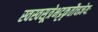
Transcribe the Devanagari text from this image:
स्वस्वसूत्रेभट्टकृतौचज्ञेयः